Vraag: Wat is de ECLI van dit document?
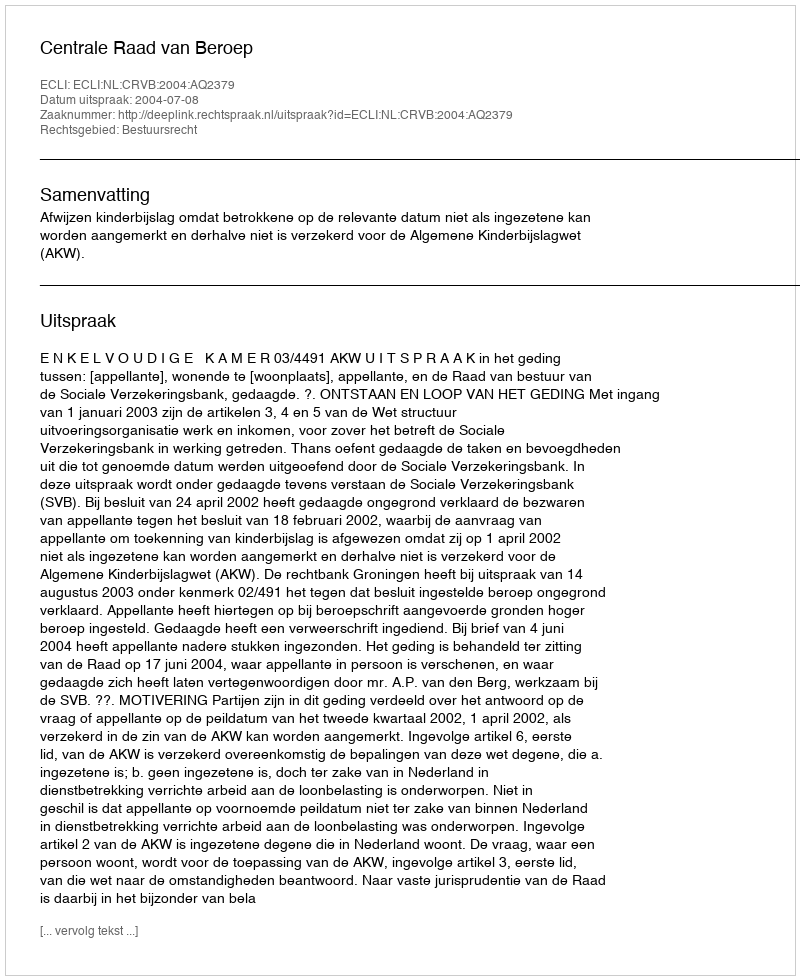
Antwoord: ECLI:NL:CRVB:2004:AQ2379